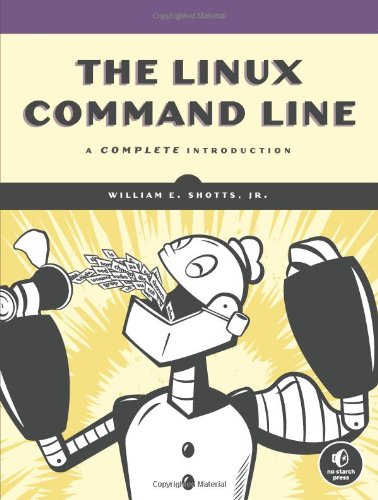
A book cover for The Linux Command Line: A Complete Introduction; William E. Shotts Jr.; Computers & Technology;